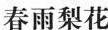
春雨梨花